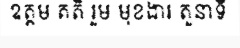
ឧត្តម គតិ រួម មុខងារ តួនាទី